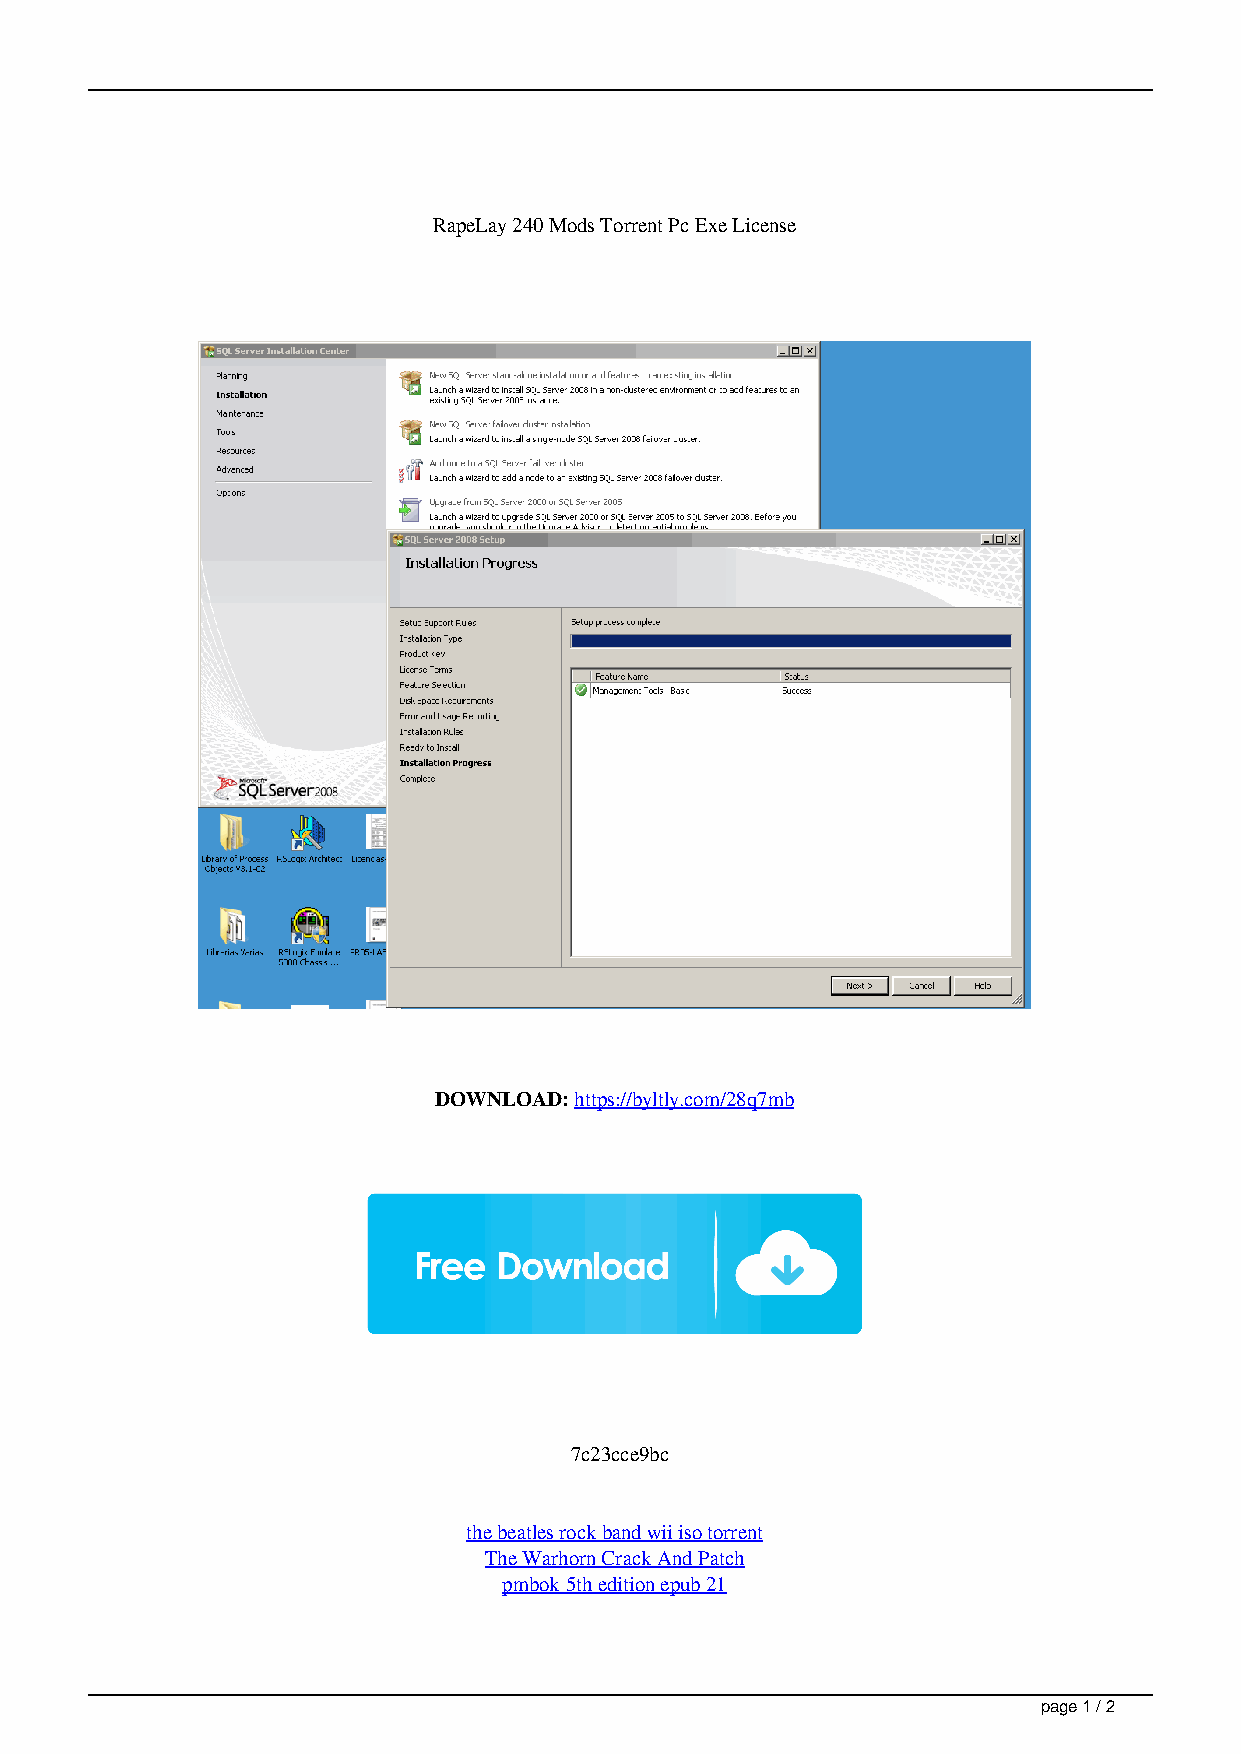
RapeLay 240 Mods Torrent Pc Exe License
 DOWNLOAD: https://byltly.com/28q7mb
 7c23cce9bc
 the beatles rock band wii iso torrent
 The Warhorn Crack And Patch
 pmbok 5th edition epub 21
 page 1 / 2